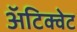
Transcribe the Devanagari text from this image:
अॅटिक्वेट